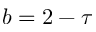
b = 2 - \tau